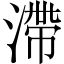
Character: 滯